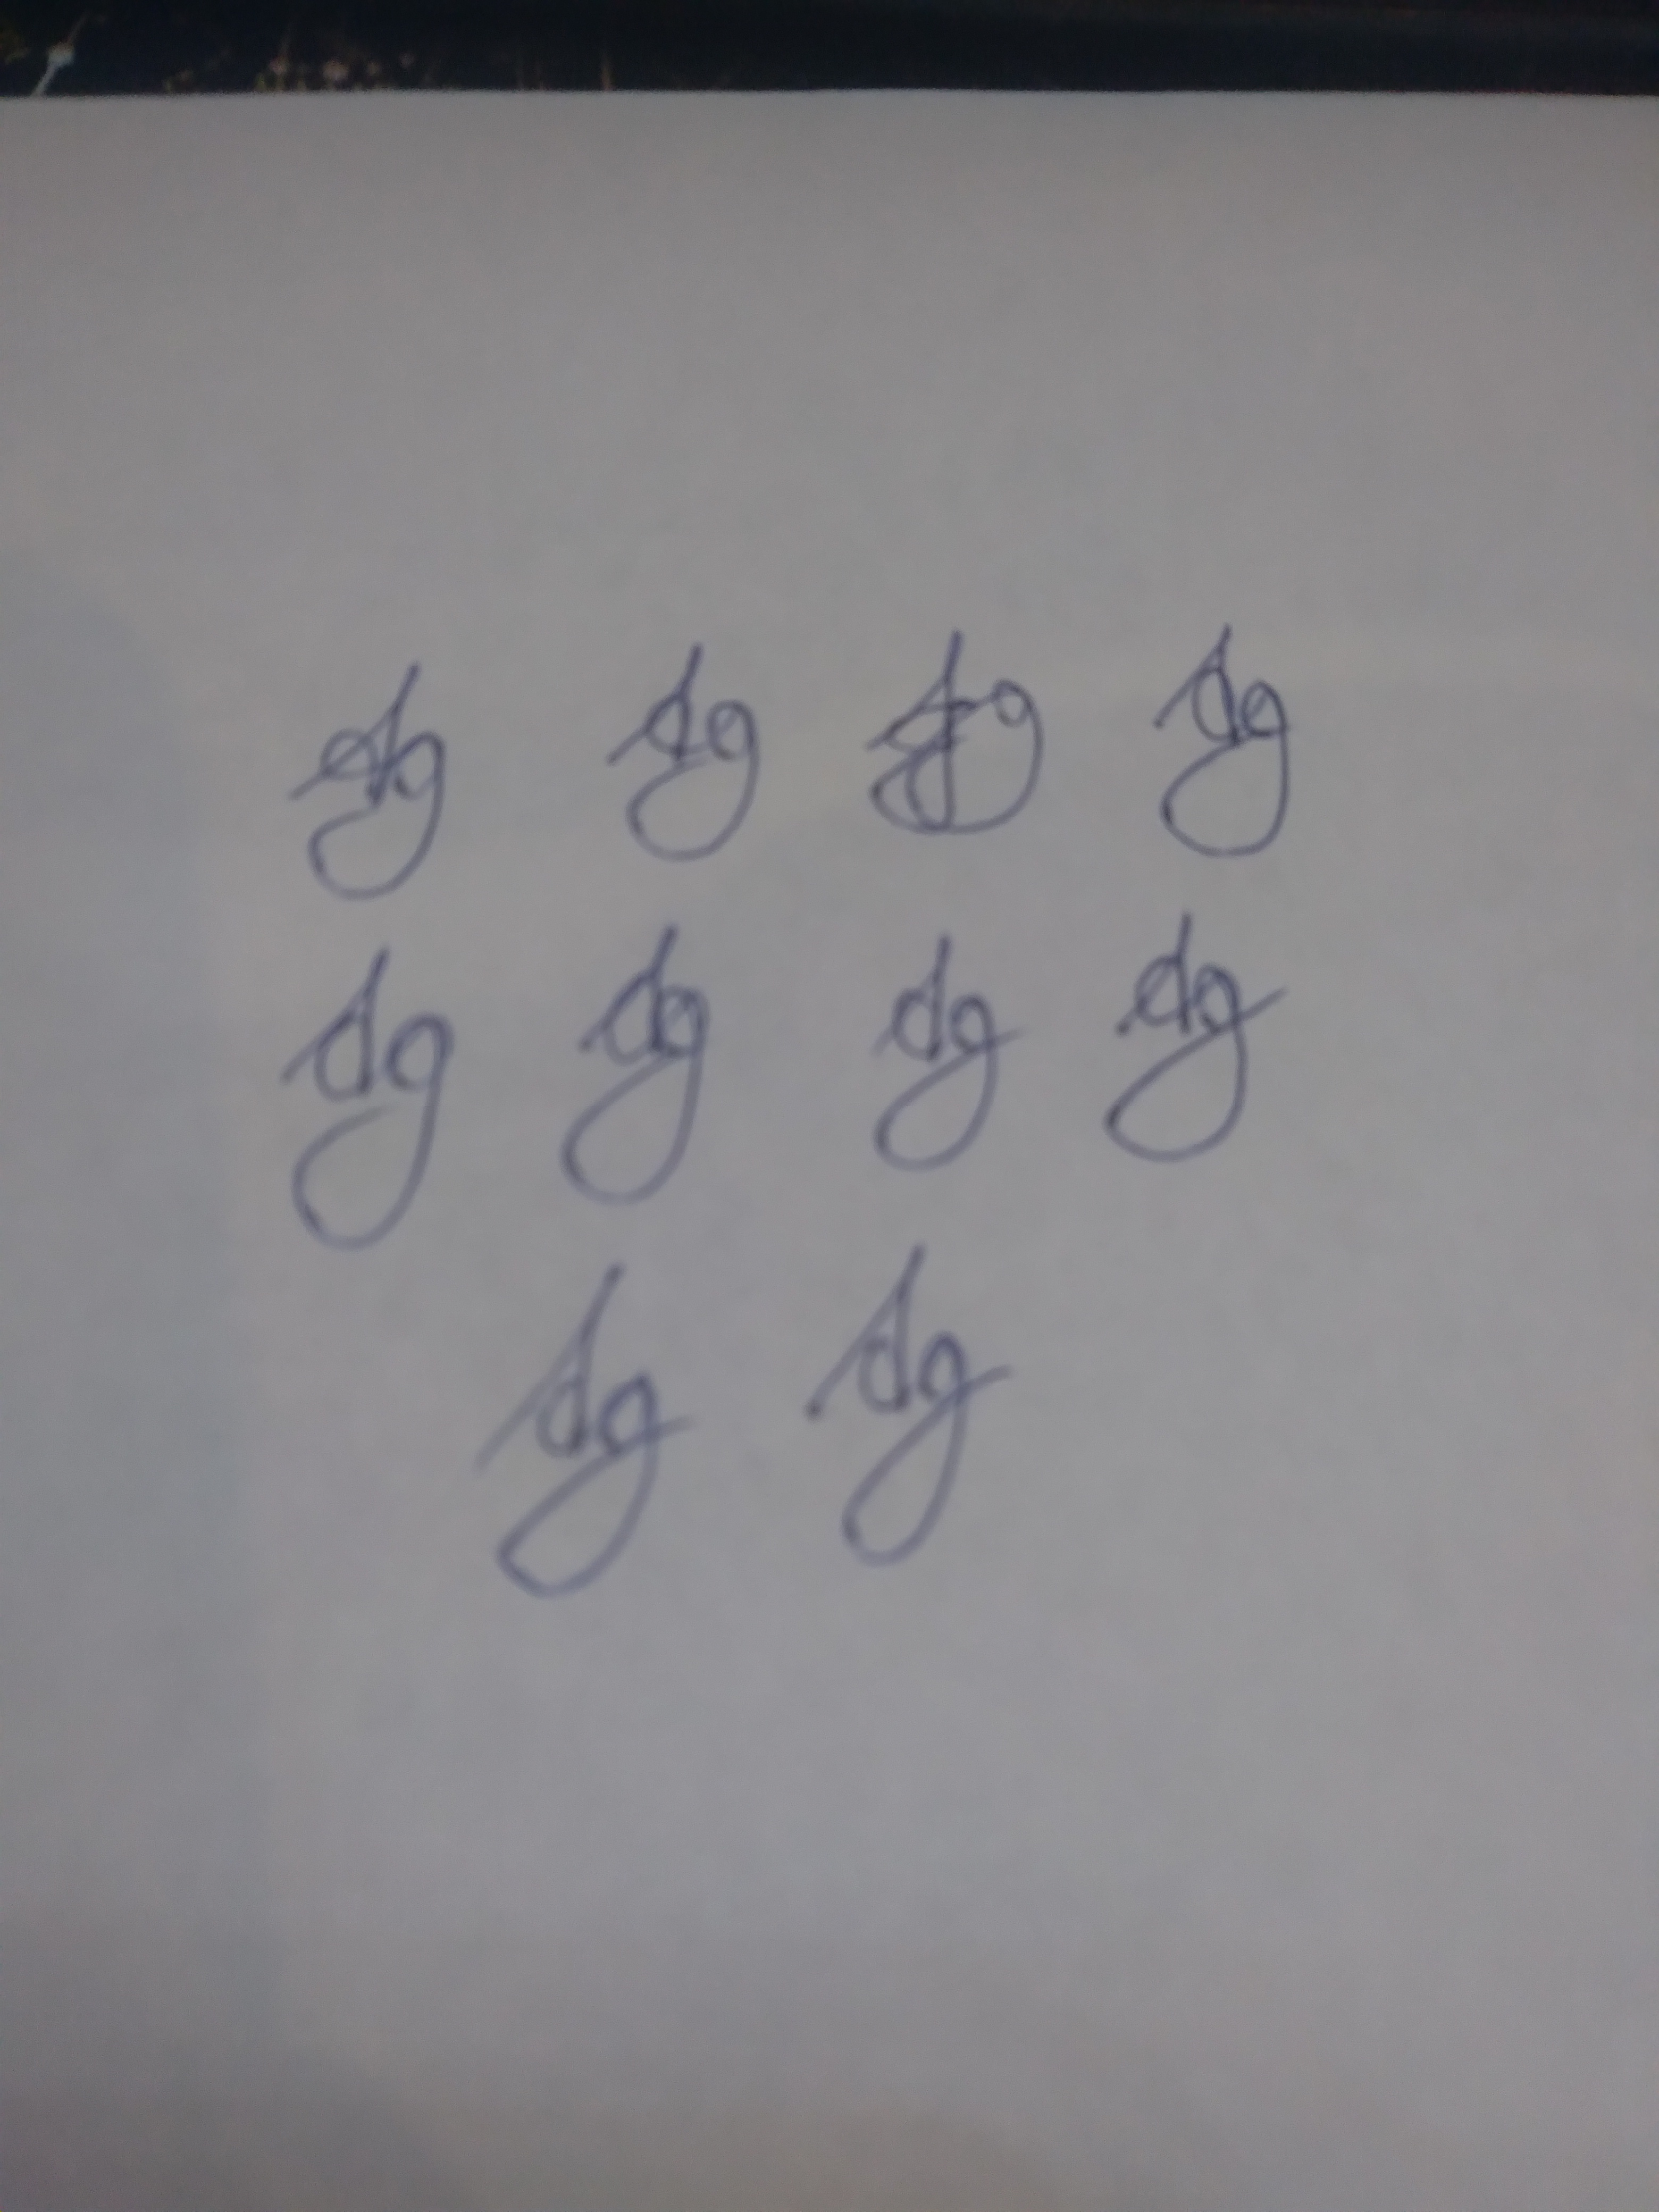
Signature authenticity: forged